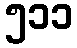
၅၁၁